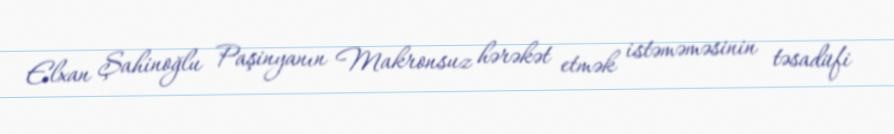
Elxan Şahinoğlu Paşinyanın Makronsuz hərəkət etmək istəməməsinin təsadüfi